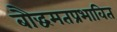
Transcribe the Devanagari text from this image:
बौद्धमतप्रभावित